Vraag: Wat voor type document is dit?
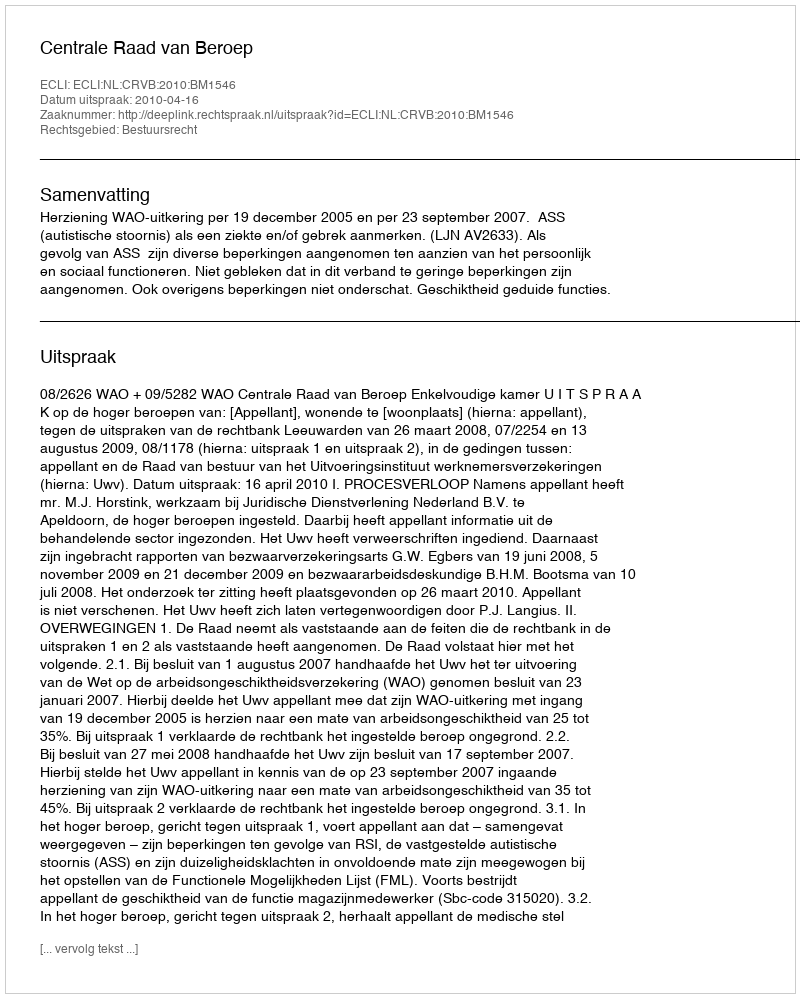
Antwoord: Uitspraak